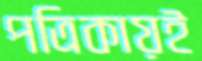
পত্রিকায়ই